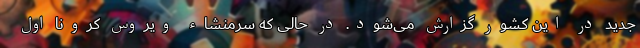
جدید در این کشور گزارش می‌شود. در حالی که سرمنشاء ویروس کرونا اول